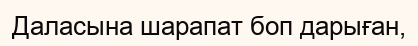
Даласына шарапат боп дарыған,